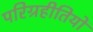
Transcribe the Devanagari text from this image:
परिग्रहीतियों